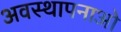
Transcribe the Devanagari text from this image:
अवस्थापनाओ